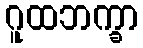
ဂူထဘက္ခာ